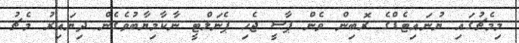
މިމެޗުގައި ޔުނައިޓެޑްގެ ރޮބިން ވެން ޕާސީ ޖެހި ޕެނަލްޓީ ނާކާމިޔާބުވެގެން ދިޔައިރު މެޗު